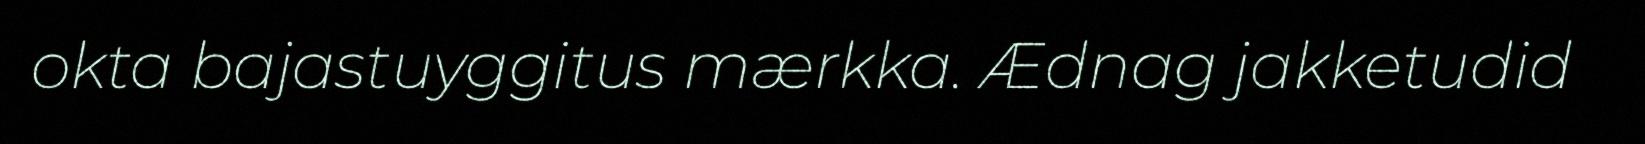
okta bajastuyggitus mærkka. Ædnag jakketudid